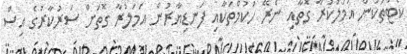
ކޯޓުތަކުން އަމަލުކުރާ ގޮތާއި ނެރޭ ހުކުމްތަކާއި ފަނޑިޔާރުން އަމަލުރާ ގޮތަށް ސަރުކާރުގެ އިސް